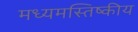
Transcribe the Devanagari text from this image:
मध्यमस्तिष्कीय